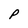
Character: P